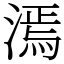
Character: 漹